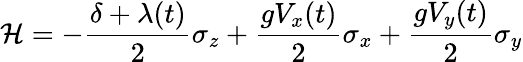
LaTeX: \mathcal{H}=-\frac{\delta+\lambda(t)}{2}\sigma_{z}+\frac{gV_{x}(t)}{2}\sigma_{x}+\frac{gV_{y}(t)}{2}\sigma_{y}